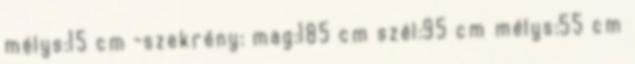
mélys:15 cm -szekrény: mag:185 cm szél:95 cm mélys:55 cm